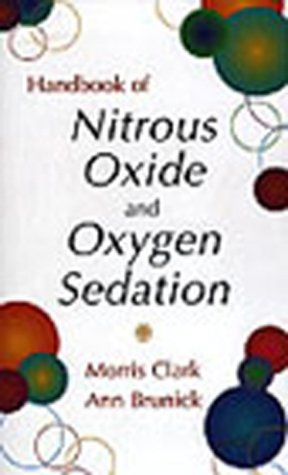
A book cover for Handbook of Nitrous Oxide and Oxygen Sedation, 1e; Morris S. Clark DDS  FACD; Medical Books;